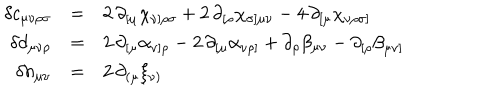
\begin{array} { r c l } { { \delta c _ { \mu \nu \rho \sigma } } } & { { = } } & { { 2 \, \partial _ { [ \mu } \chi _ { \nu ] \rho \sigma } + 2 \, \partial _ { [ \rho } \chi _ { \sigma ] \mu \nu } - 4 \, \partial _ { [ \mu } \chi _ { \nu \rho \sigma ] } } } \\ { { \delta d _ { \mu \nu \rho } } } & { { = } } & { { 2 \, \partial _ { [ \mu } \alpha _ { \nu ] \rho } - 2 \, \partial _ { [ \mu } \alpha _ { \nu \rho ] } + \partial _ { \rho } \beta _ { \mu \nu } - \partial _ { [ \rho } \beta _ { \mu \nu ] } } } \\ { { \delta h _ { \mu \nu } } } & { { = } } & { { 2 \, \partial _ { ( \mu } \xi _ { \nu ) } } } \\ \end{array}